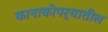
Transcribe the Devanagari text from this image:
कानाकोपर्‍यातील